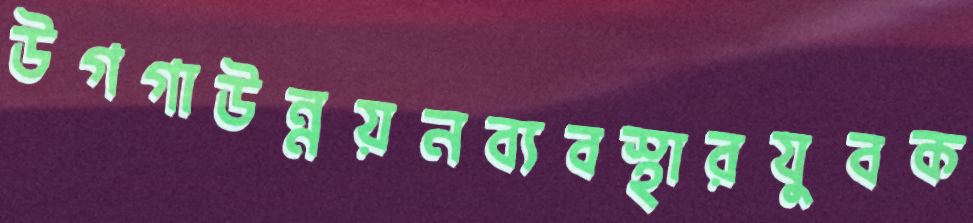
উগগাউন্নয়নব্যবস্থারযুবক